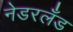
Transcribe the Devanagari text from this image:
नेडरलँड